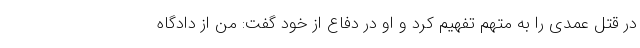
در قتل عمدی را به متهم تفهیم کرد و او در دفاع از خود گفت: من از دادگاه